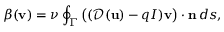
\beta ( { \mathbf v } ) = \nu \oint _ { \Gamma } \big ( ( { \mathcal { D } } ( { \mathbf u } ) - q I ) { \mathbf v } \big ) \cdot { \mathbf n } \, d s ,